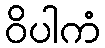
ဝိပါကံ